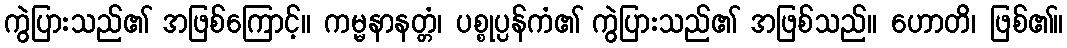
ကွဲပြားသည်၏ အဖြစ်ကြောင့်။ ကမ္မနာနတ္တံ၊ ပစ္စုပ္ပန်ကံ၏ ကွဲပြားသည်၏ အဖြစ်သည်။ ဟောတိ၊ ဖြစ်၏။